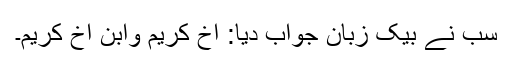
سب نے بیک زبان جواب دِیا: اخ کریم وابن اخ کریم۔